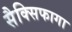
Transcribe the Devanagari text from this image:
सैक्सिफागा